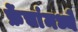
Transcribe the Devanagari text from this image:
फ्रेंचांमध्ये